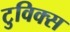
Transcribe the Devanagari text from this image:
टुविक्स